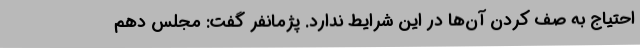
احتیاج به صف کردن آن‌ها در این شرایط ندارد. پژمانفر گفت:‌ مجلس دهم